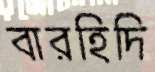
বারহিদি